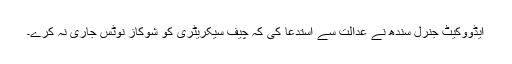
ایڈووکیٹ جنرل سندھ نے عدالت سے استدعا کی کہ چیف سیکریٹری کو شوکاز نوٹس جاری نہ کرے۔